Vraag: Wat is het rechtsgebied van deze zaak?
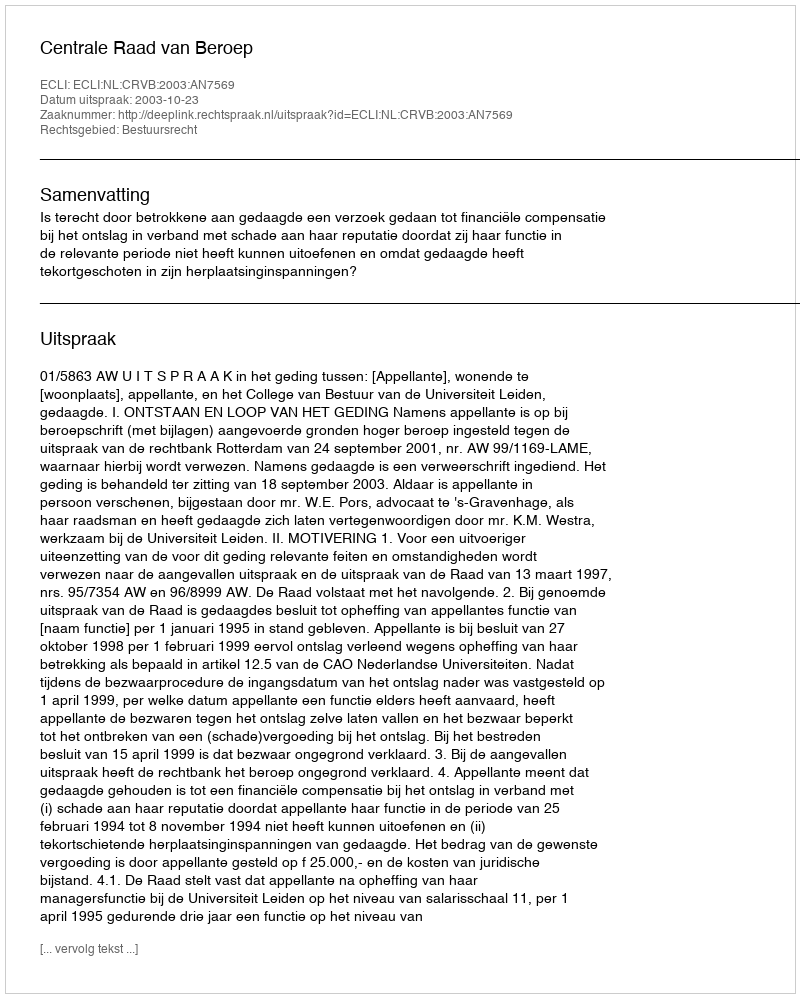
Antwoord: Bestuursrecht